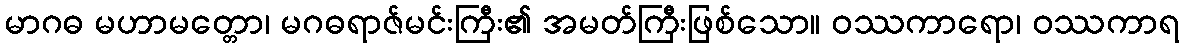
မာဂဓ မဟာမတ္တော၊ မဂဓရာဇ်မင်းကြီး၏ အမတ်ကြီးဖြစ်သော။ ဝဿကာရော၊ ဝဿကာရ